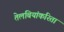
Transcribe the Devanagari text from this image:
तेलबियांकरिता